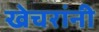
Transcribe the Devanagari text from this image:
खेचरांनी